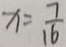
x = \frac { 7 } { 1 6 }